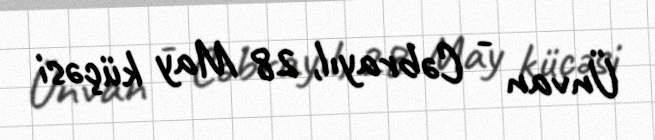
Ünvan - Cəbrayıl, 28 May küçəsi